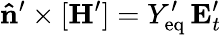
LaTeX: \mathbf{\hat{n}}^{\prime}\times[\mathbf{H}^{\prime}]=Y_{\mathrm{eq}}^{\prime}\, \mathbf{E}_{t}^{\prime}